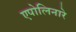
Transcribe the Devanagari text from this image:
एपोलिनारे